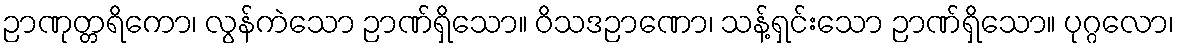
ဉာဏုတ္တရိကော၊ လွန်ကဲသော ဉာဏ်ရှိသော။ ဝိသဒဉာဏော၊ သန့်ရှင်းသော ဉာဏ်ရှိသော။ ပုဂ္ဂလော၊